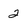
Character: 2